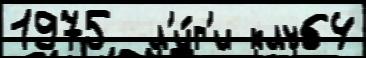
1975  л'и́г'и клуб4